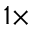
1 \times